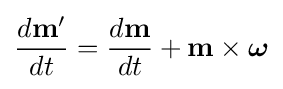
{\frac {d\mathbf {m} '}{dt}}={\frac {d\mathbf {m} }{dt}}+\mathbf {m} \times {\boldsymbol {\omega }}